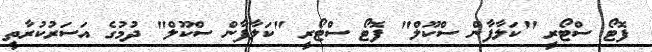
ފޮޓޯ ސްޓޯރީ "ކަލާފާން ސްކޫލް" ފޮޓޯ ސްޓޯރީ "ކަލާފާން ސްކޫލް" ދުމުގެ އަސަރުކުރާތީ